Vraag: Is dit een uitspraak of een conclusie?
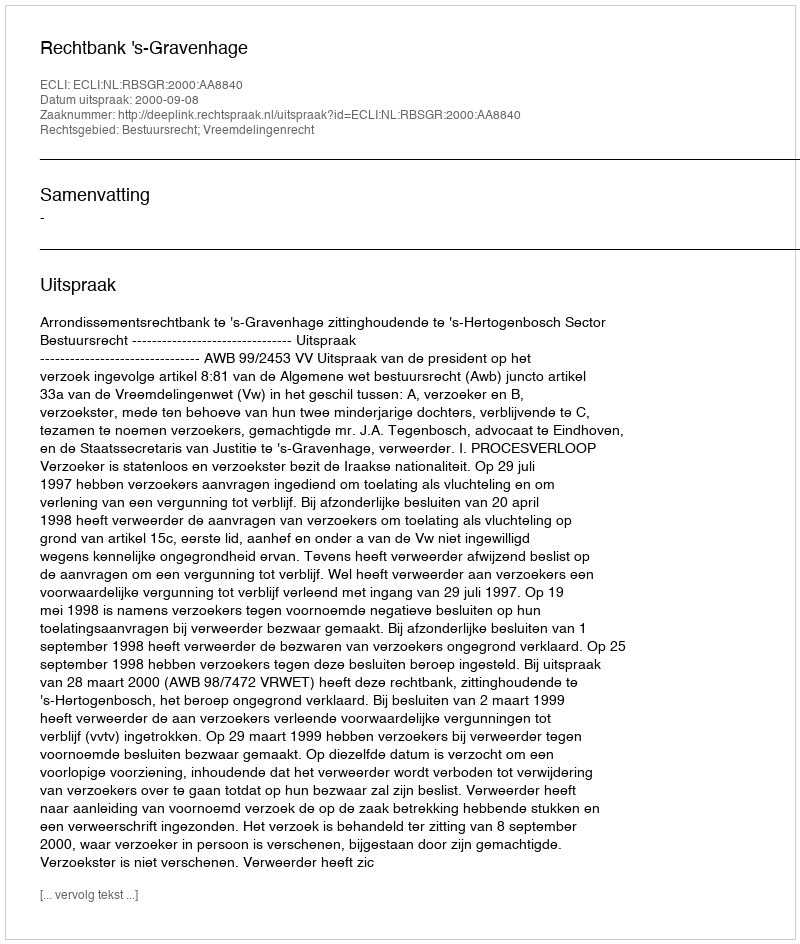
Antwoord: Uitspraak